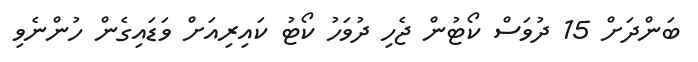
ބަންދަށް 15 ދުވަސް ކޯޓުން ޖެހި ދުވަހު ކޯޓު ކައިރިއަށް ވަޑައިގެން ހުންނެވި